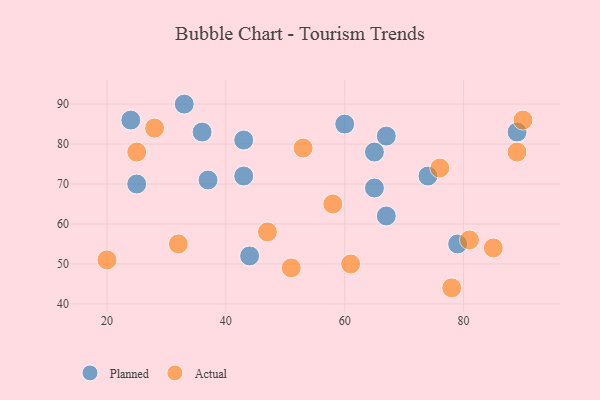
{"axis": {"x": "GDP", "y": "Life Expectancy"}, "legend": ["Actual", "Planned"], "data": [{"x": "43", "y": 72, "type": "Planned"}, {"x": "65", "y": 78, "type": "Planned"}, {"x": "44", "y": 52, "type": "Planned"}, {"x": "36", "y": 83, "type": "Planned"}, {"x": "33", "y": 90, "type": "Planned"}, {"x": "74", "y": 72, "type": "Planned"}, {"x": "65", "y": 69, "type": "Planned"}, {"x": "43", "y": 81, "type": "Planned"}, {"x": "24", "y": 86, "type": "Planned"}, {"x": "67", "y": 82, "type": "Planned"}, {"x": "37", "y": 71, "type": "Planned"}, {"x": "79", "y": 55, "type": "Planned"}, {"x": "25", "y": 70, "type": "Planned"}, {"x": "89", "y": 83, "type": "Planned"}, {"x": "60", "y": 85, "type": "Planned"}, {"x": "67", "y": 62, "type": "Planned"}, {"x": "28", "y": 84, "type": "Actual"}, {"x": "85", "y": 54, "type": "Actual"}, {"x": "20", "y": 51, "type": "Actual"}, {"x": "76", "y": 74, "type": "Actual"}, {"x": "51", "y": 49, "type": "Actual"}, {"x": "81", "y": 56, "type": "Actual"}, {"x": "89", "y": 78, "type": "Actual"}, {"x": "78", "y": 44, "type": "Actual"}, {"x": "61", "y": 50, "type": "Actual"}, {"x": "32", "y": 55, "type": "Actual"}, {"x": "53", "y": 79, "type": "Actual"}, {"x": "58", "y": 65, "type": "Actual"}, {"x": "90", "y": 86, "type": "Actual"}, {"x": "25", "y": 78, "type": "Actual"}, {"x": "47", "y": 58, "type": "Actual"}]}